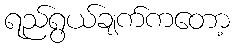
ရည်ရွယ်ချက်ကတော့